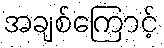
အချစ်ကြောင့်